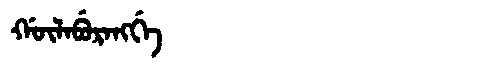
Manchu: ᡤᡡᠯᠠᠪᡠᡵᠠᠩᡤᡝ
Romanization: GŪLABURANGGE